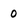
Character: 0